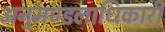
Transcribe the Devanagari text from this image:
अनुमण्डलाधिकारी